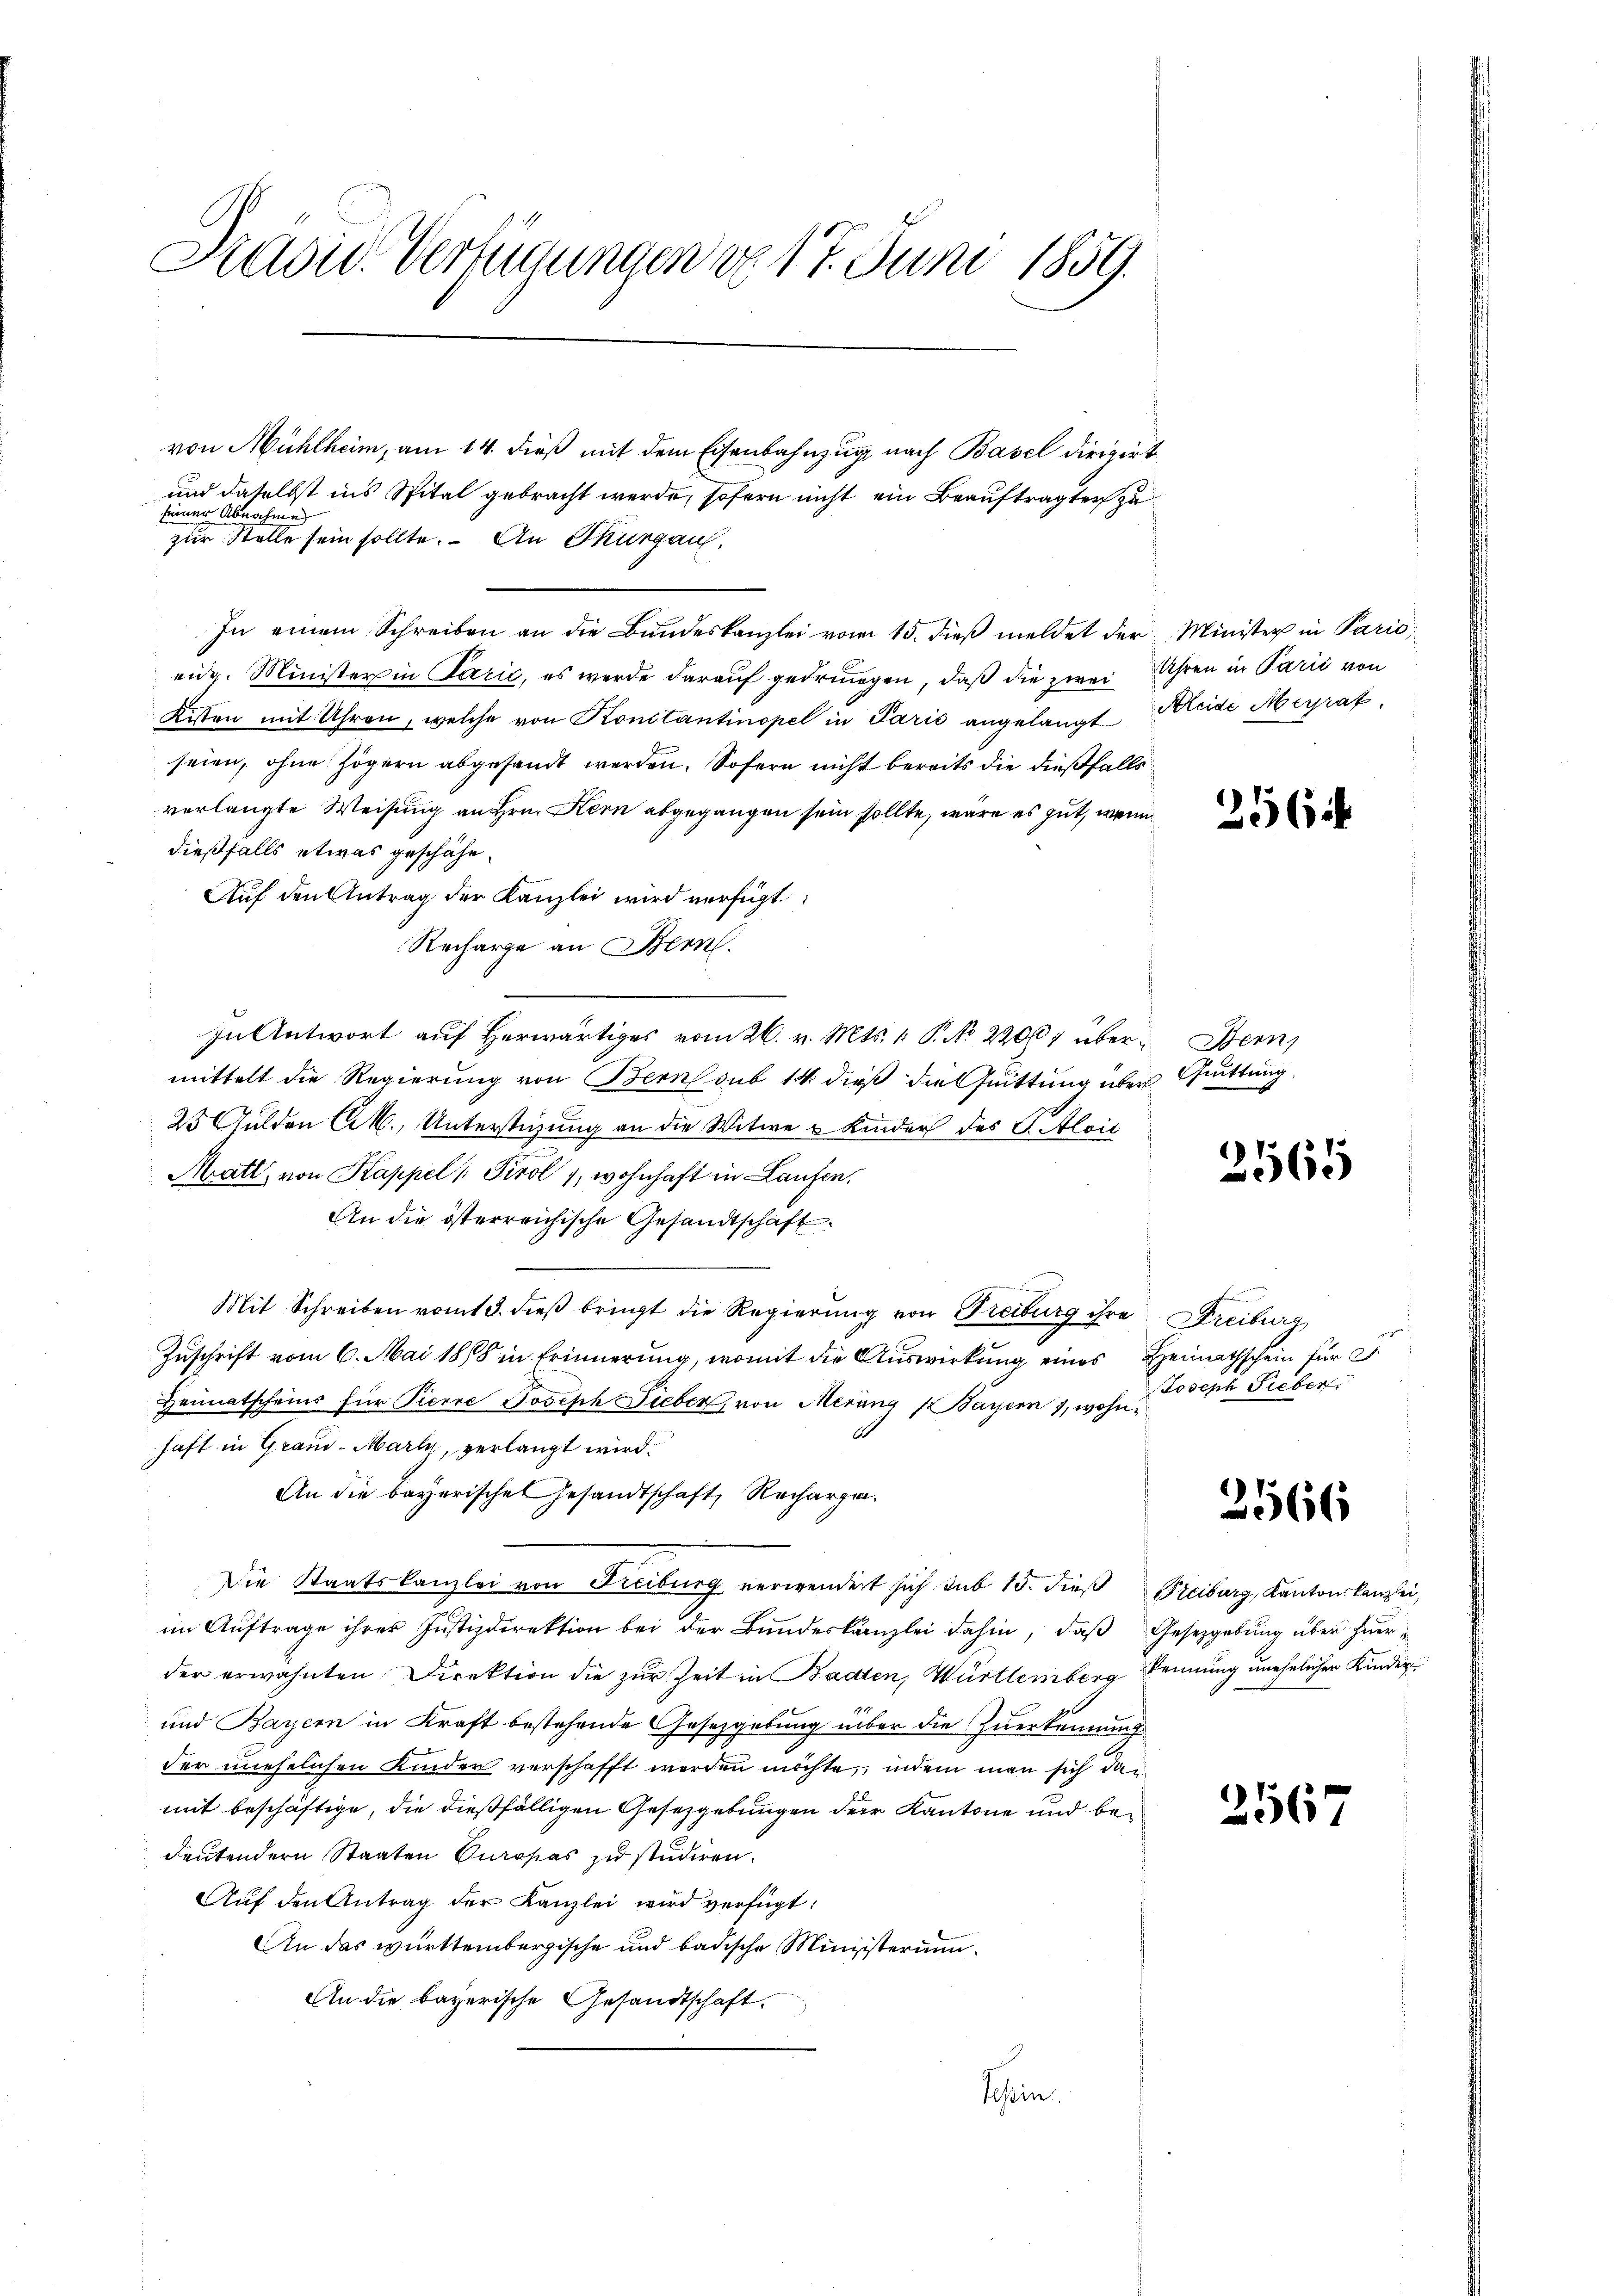
Prasid. Verfügungen d. 17. Juni 1859.

von Mühlheim, am 14. dieß mit dem Eisenbahnzug nach Basel dirigirt
und daselbst ins Spital gebracht werde, sofern nicht ein Beauftragten zu
seiner Abnahme
zur Stelle sein sollte. An Thurgau,
In einem Schreiben an die Bundeskanzlei vom 15. dieß meldet der Minister in Parić,
eidg. Minister in Parić, es werde darauf gedrungen, daß die zwei Uhren in Parić von
Kisten mit Uhren, welche von Konstantinopel in Paris angelangt Kleide Migrat
seien, ohne Zögern abgesandt werden. Sofern nicht bereits die dießfalls
verlangte Weisung an Hrn. Kern abgegangen sein sollte, wäre es gut, wenn
dießfalls etwas geschähe.
Auf den Antrag der Kanzlei wird verfügt:
Recharge an Bern.
In Antwort auf herwärtiges vom 26. v. Mts. 1. P. No 22007 über Bern,
mittelt die Regierung von Bern sub 14. dieß die Quittung über Quittung,
25 Gulden Ch., Unterstüzung an die Witwe u Kinder des C. Alois
Matt, von Kappel /: Tirol 4, wohnhaft in Laufen.
An die österreichische Gesandtschaft
Mit Schreiben vom 3. dieβ bringt die Regierŭng von Freiburg ihre Freiburg
Zuschrift vom 6. Mai 1858 in Erinnerung, womit die Auswirkung eines Heimathschein für d
Heimatscheins für Pierre Joseph Lieber, von Merang (Bayern 1, wohn
1
haft in Grand-Mark, verlangt wird.
An die bayerische Gesandtschaft, Rechargen.
Die Staatskanzlei von Freiburg verwendert sich sub 15. dieβ Freiburg, Kantonskanzlei,
im Auftrage ihrer Justizdirektion bei der Bundeskanzlei dahin, daß Gesetzgebung über hierder erwähnten Direktion die zur Zeit in Baden, Württemberg kennung unehelichen Kinder¬
und Bayern in Kraft bestehende Gesetzgebung über die Zuerkennung
der unehelichen Kinder verschafft werden möchte, indem man sich damit beschäftige, die dießfälligen Gesetzgebungen der Kantone und bedeutendern Staaten Curopas zu studiren.
Aŭf den Antrag der Kanzlei wird verfügt:
An das württembergische und badische Ministerium
An die bayerische Gesandtschaft.
Schein.

2564

.
965

Joseph Sieber

2566

2567